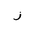
Letter: _zay